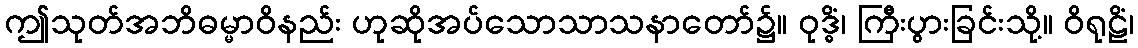
ဤသုတ်အဘိဓမ္မာဝိနည်း ဟုဆိုအပ်သောသာသနာတော်၌။ ဝုဒ္ဓိံ၊ ကြီးပွားခြင်းသို့။ ဝိရုဠိံ၊